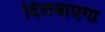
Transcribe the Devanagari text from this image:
दिलवाएगा